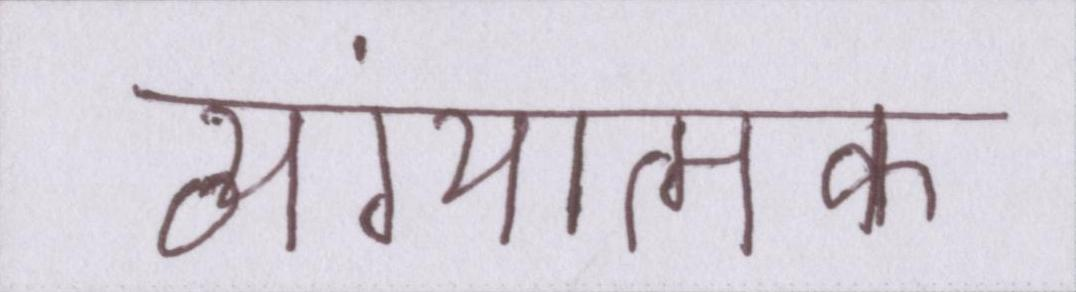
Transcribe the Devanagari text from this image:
व्यंग्यात्मक